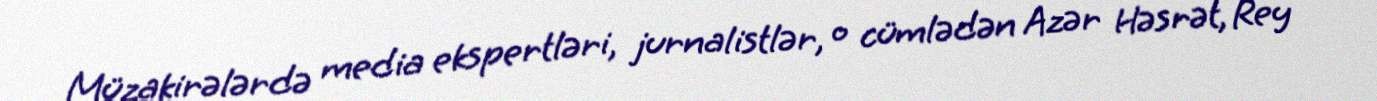
Müzakirələrdə media ekspertləri, jurnalistlər, o cümlədən Azər Həsrət, Rey